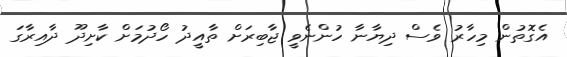
އެގޮތުން މިހާރު ވެސް ދިޔާނާ ހުންނެވީ ޖާބިރަށް ތާއީދު ހޯދުމަށް ކާށިދޫ ދާއިރާގަ